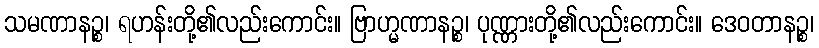
သမဏာနဉ္စ၊ ရဟန်းတို့၏လည်းကောင်း။ ဗြာဟ္မဏာနဉ္စ၊ ပုဏ္ဏားတို့၏လည်းကောင်း။ ဒေဝတာနဉ္စ၊